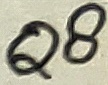
Text: Q8